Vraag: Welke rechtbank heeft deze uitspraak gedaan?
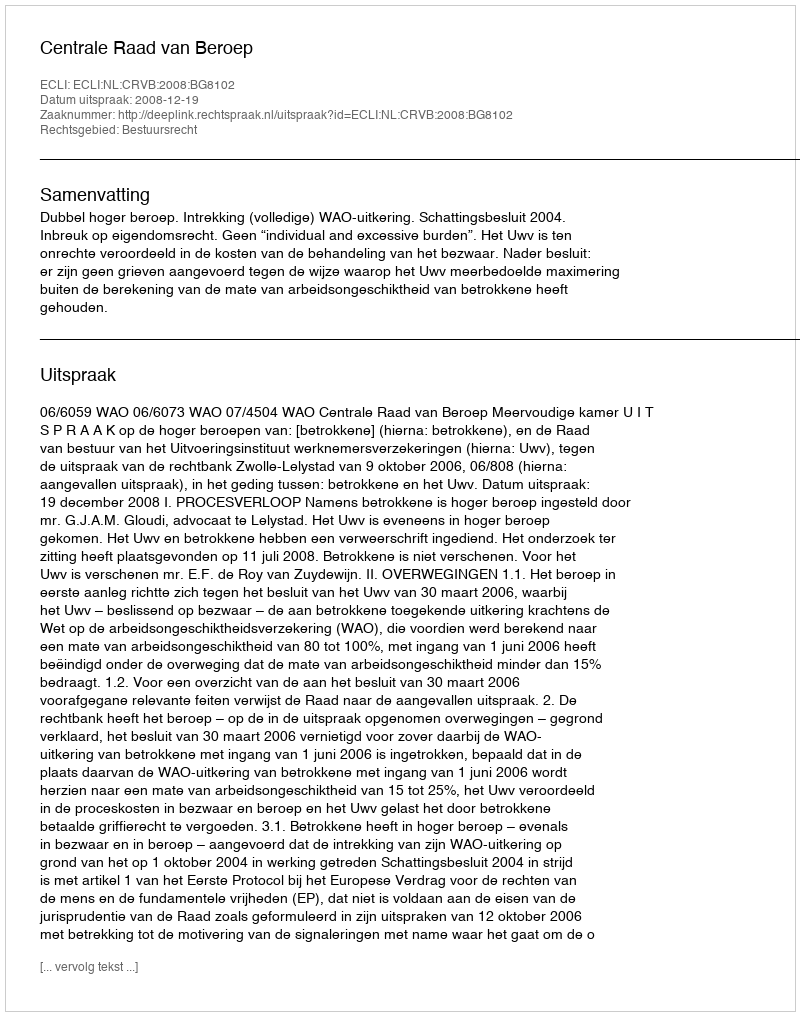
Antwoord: Centrale Raad van Beroep